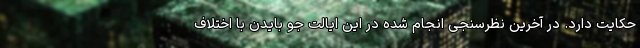
حکایت دارد. در آخرین نظرسنجی انجام شده در این ایالت جو بایدن با اختلاف